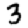
Digit: 3